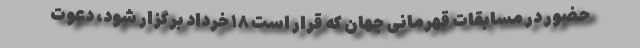
حضور در مسابقات قهرمانی جهان که قرار است ۱۸ خرداد برگزار شود، دعوت